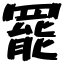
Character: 罷